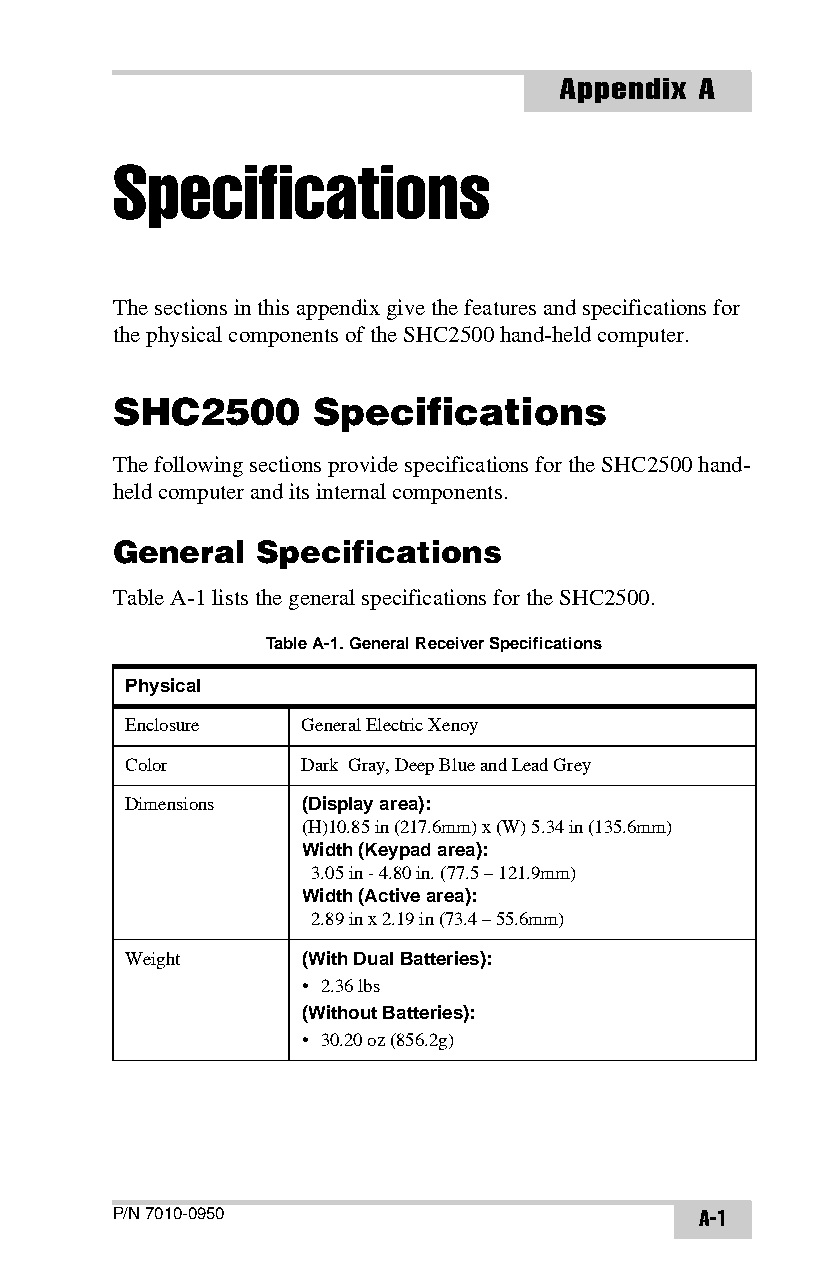
Appendix A
 Specifications
 The sections in this appendix give the features and specifications for
 the physical components of the SHC2500 hand-held computer.
 SHC2500       Specifications
 The following sections provide specifications for the SHC2500 hand-
 held computer and its internal components.
 General   Specifications
 TableA-1 lists the general specifications for the SHC2500.
 Table A-1. General Receiver Specifications
 Physical
 Enclosure   General Electric Xenoy
 Color       Dark Gray, Deep Blue and Lead Grey
 Dimensions  (Display area):
 (H)10.85 in (217.6mm) x (W) 5.34 in (135.6mm)
 Width (Keypad area):
 3.05 in - 4.80 in. (77.5 – 121.9mm)
 Width (Active area):
 2.89 in x 2.19 in (73.4 – 55.6mm)
 Weight      (With Dual Batteries):
 • 2.36 lbs
 (Without Batteries):
 • 30.20 oz (856.2g)
 P/N 7010-0950                          A-1